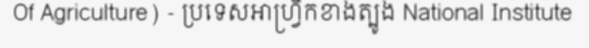
Of Agriculture) - ប្រទេសអាហ្វ្រិកខាងត្បូង National Institute